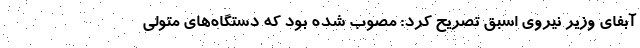
آبفای وزیر نیروی اسبق تصریح کرد: مصوب شده بود که دستگاه‌های متولی